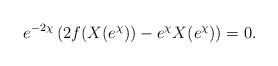
\begin{align*} e^{-2\chi} \left( 2f(X(e^\chi)) - e^\chi X(e^\chi) \right) = 0.\end{align*}